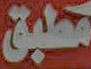
مطبق